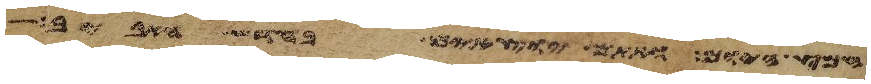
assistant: חמץ היום ואתם יוצאים בחדש האביב